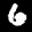
Label: 6